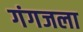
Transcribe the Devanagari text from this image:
गंगजला